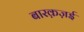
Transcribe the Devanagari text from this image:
बारक़ज़ई